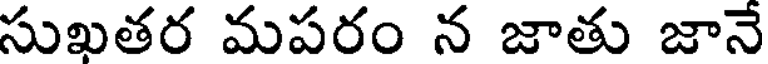
సుఖతర మపరం న జాతు జానే